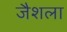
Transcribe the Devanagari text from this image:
जैशला